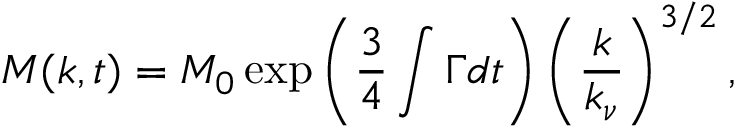
M ( k , t ) = M _ { 0 } \exp \left( \frac { 3 } { 4 } \int \Gamma d t \right) \left( \frac { k } { k _ { \nu } } \right) ^ { 3 / 2 } ,